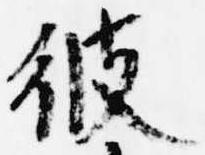
彼